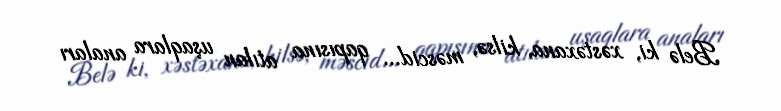
Belə ki, xəstəxana, kilsə, məscid... qapısına atılan uşaqlara anaları